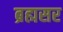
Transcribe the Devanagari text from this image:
ब्रह्मसर